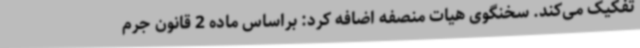
تفکیک می‌کند. سخنگوی هیات منصفه اضافه کرد: براساس ماده 2 قانون جرم